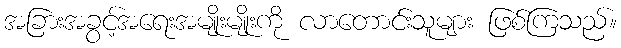
အခြားအခွင့်အရေးအမျိုးမျိုးကို လာတောင်းသူများ ဖြစ်ကြသည်။